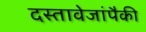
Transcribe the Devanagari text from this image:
दस्तावेजांपैकी